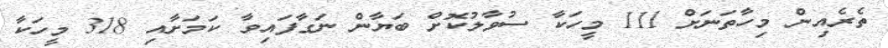
ތެރެއިން މިހާތަނަށް 111 މީހަކާ ސުވާލުކޮށް ބަޔާން ނަގާފައިވާ ކަމަށާއި 318 މީހަކާ